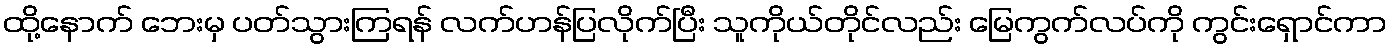
ထို့နောက် ဘေးမှ ပတ်သွားကြရန် လက်ဟန်ပြလိုက်ပြီး သူကိုယ်တိုင်လည်း မြေကွက်လပ်ကို ကွင်းရှောင်ကာ